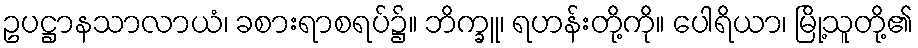
ဥပဋ္ဌာနသာလာယံ၊ ခစားရာစရပ်၌။ ဘိက္ခူ၊ ရဟန်းတို့ကို။ ပေါရိယာ၊ မြို့သူတို့၏